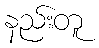
နည်းတူ